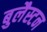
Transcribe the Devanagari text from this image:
बुलैस्टन